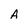
Character: A